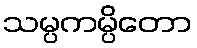
သမ္ပကမ္ပိတော